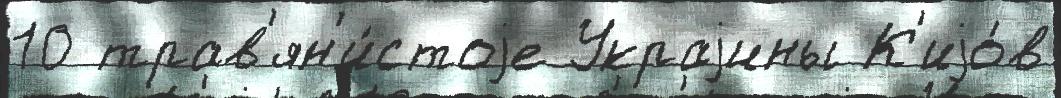
10 трав'ян'и́стоjе Украjины К'иjо́в